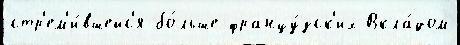
стр'ем'и́вшейс'я бо́льше францу́зск'их Вкла́дом